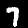
Digit: 7